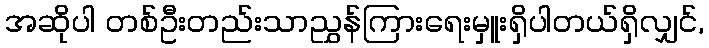
အဆိုပါ တစ်ဦးတည်းသာညွှန်ကြားရေးမှူးရှိပါတယ်ရှိလျှင်,